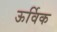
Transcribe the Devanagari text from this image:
ऊर्विक